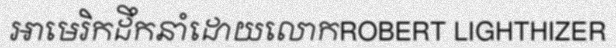
អាមេរិកដឹកនាំដោយលោកROBERT LIGHTHIZER